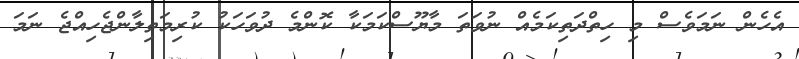
އެހެން ނަމަވެސް މި ހިތްދަތިކަމެއް ނުވަތަ މާޔޫސްކަމަކާ ކޮންމެ ދުވަހަކު ކުރިމަތިލާންޖެހިއްޖެ ނަމަ